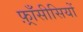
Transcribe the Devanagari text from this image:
फ़्राँसीसियों